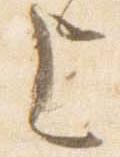
上